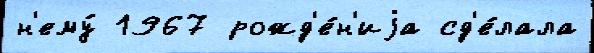
н'ему́ 1967 рожд'е́н'иjа сд'е́лала